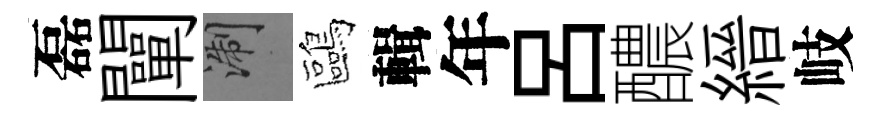
磊闡浙鷗輯年呂醲縉岐